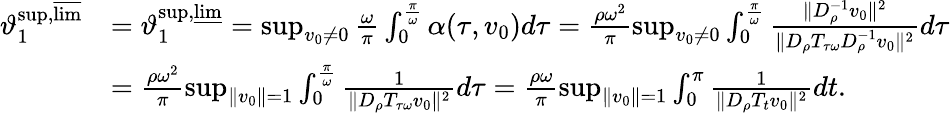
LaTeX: \begin{array}{rl}{\vartheta_{1}^{\operatorname*{sup},\varlimsup}}&{=\vartheta_{1}^{\operatorname*{sup},\varliminf}=\operatorname*{sup}_{v_{0}\neq 0}\frac{\omega}{\pi}\int_{0}^{\frac{\pi}{\omega}}\alpha(\tau,v_{0})d\tau=\frac{\rho\omega^{2}}{\pi}\operatorname*{sup}_{v_{0}\neq 0}\int_{0}^{\frac{\pi}{\omega}}\frac{\| D_{\rho}^{-1}v_{0}\| ^{2}}{\| D_{\rho}T_{\tau\omega}D_{\rho}^{-1}v_{0}\| ^{2}}d\tau}\\ &{=\frac{\rho\omega^{2}}{\pi}\operatorname*{sup}_{\| v_{0}\| =1}\int_{0}^{\frac{\pi}{\omega}}\frac{1}{\| D_{\rho}T_{\tau\omega}v_{0}\| ^{2}}d\tau=\frac{\rho\omega}{\pi}\operatorname*{sup}_{\| v_{0}\| =1}\int_{0}^{\pi}\frac{1}{\| D_{\rho}T_{t}v_{0}\| ^{2}}dt.}\end{array}